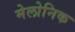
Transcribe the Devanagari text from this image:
मेलोनिक